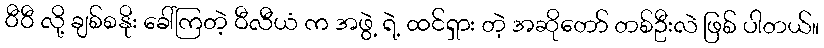
ဝီဝီ လို့ ချစ်စနိုး ခေါ်ကြတဲ့ ဝီလီယံ က အဖွဲ့ ရဲ့ ထင်ရှား တဲ့ အဆိုတော် တစ်ဦးလဲ ဖြစ် ပါတယ်။